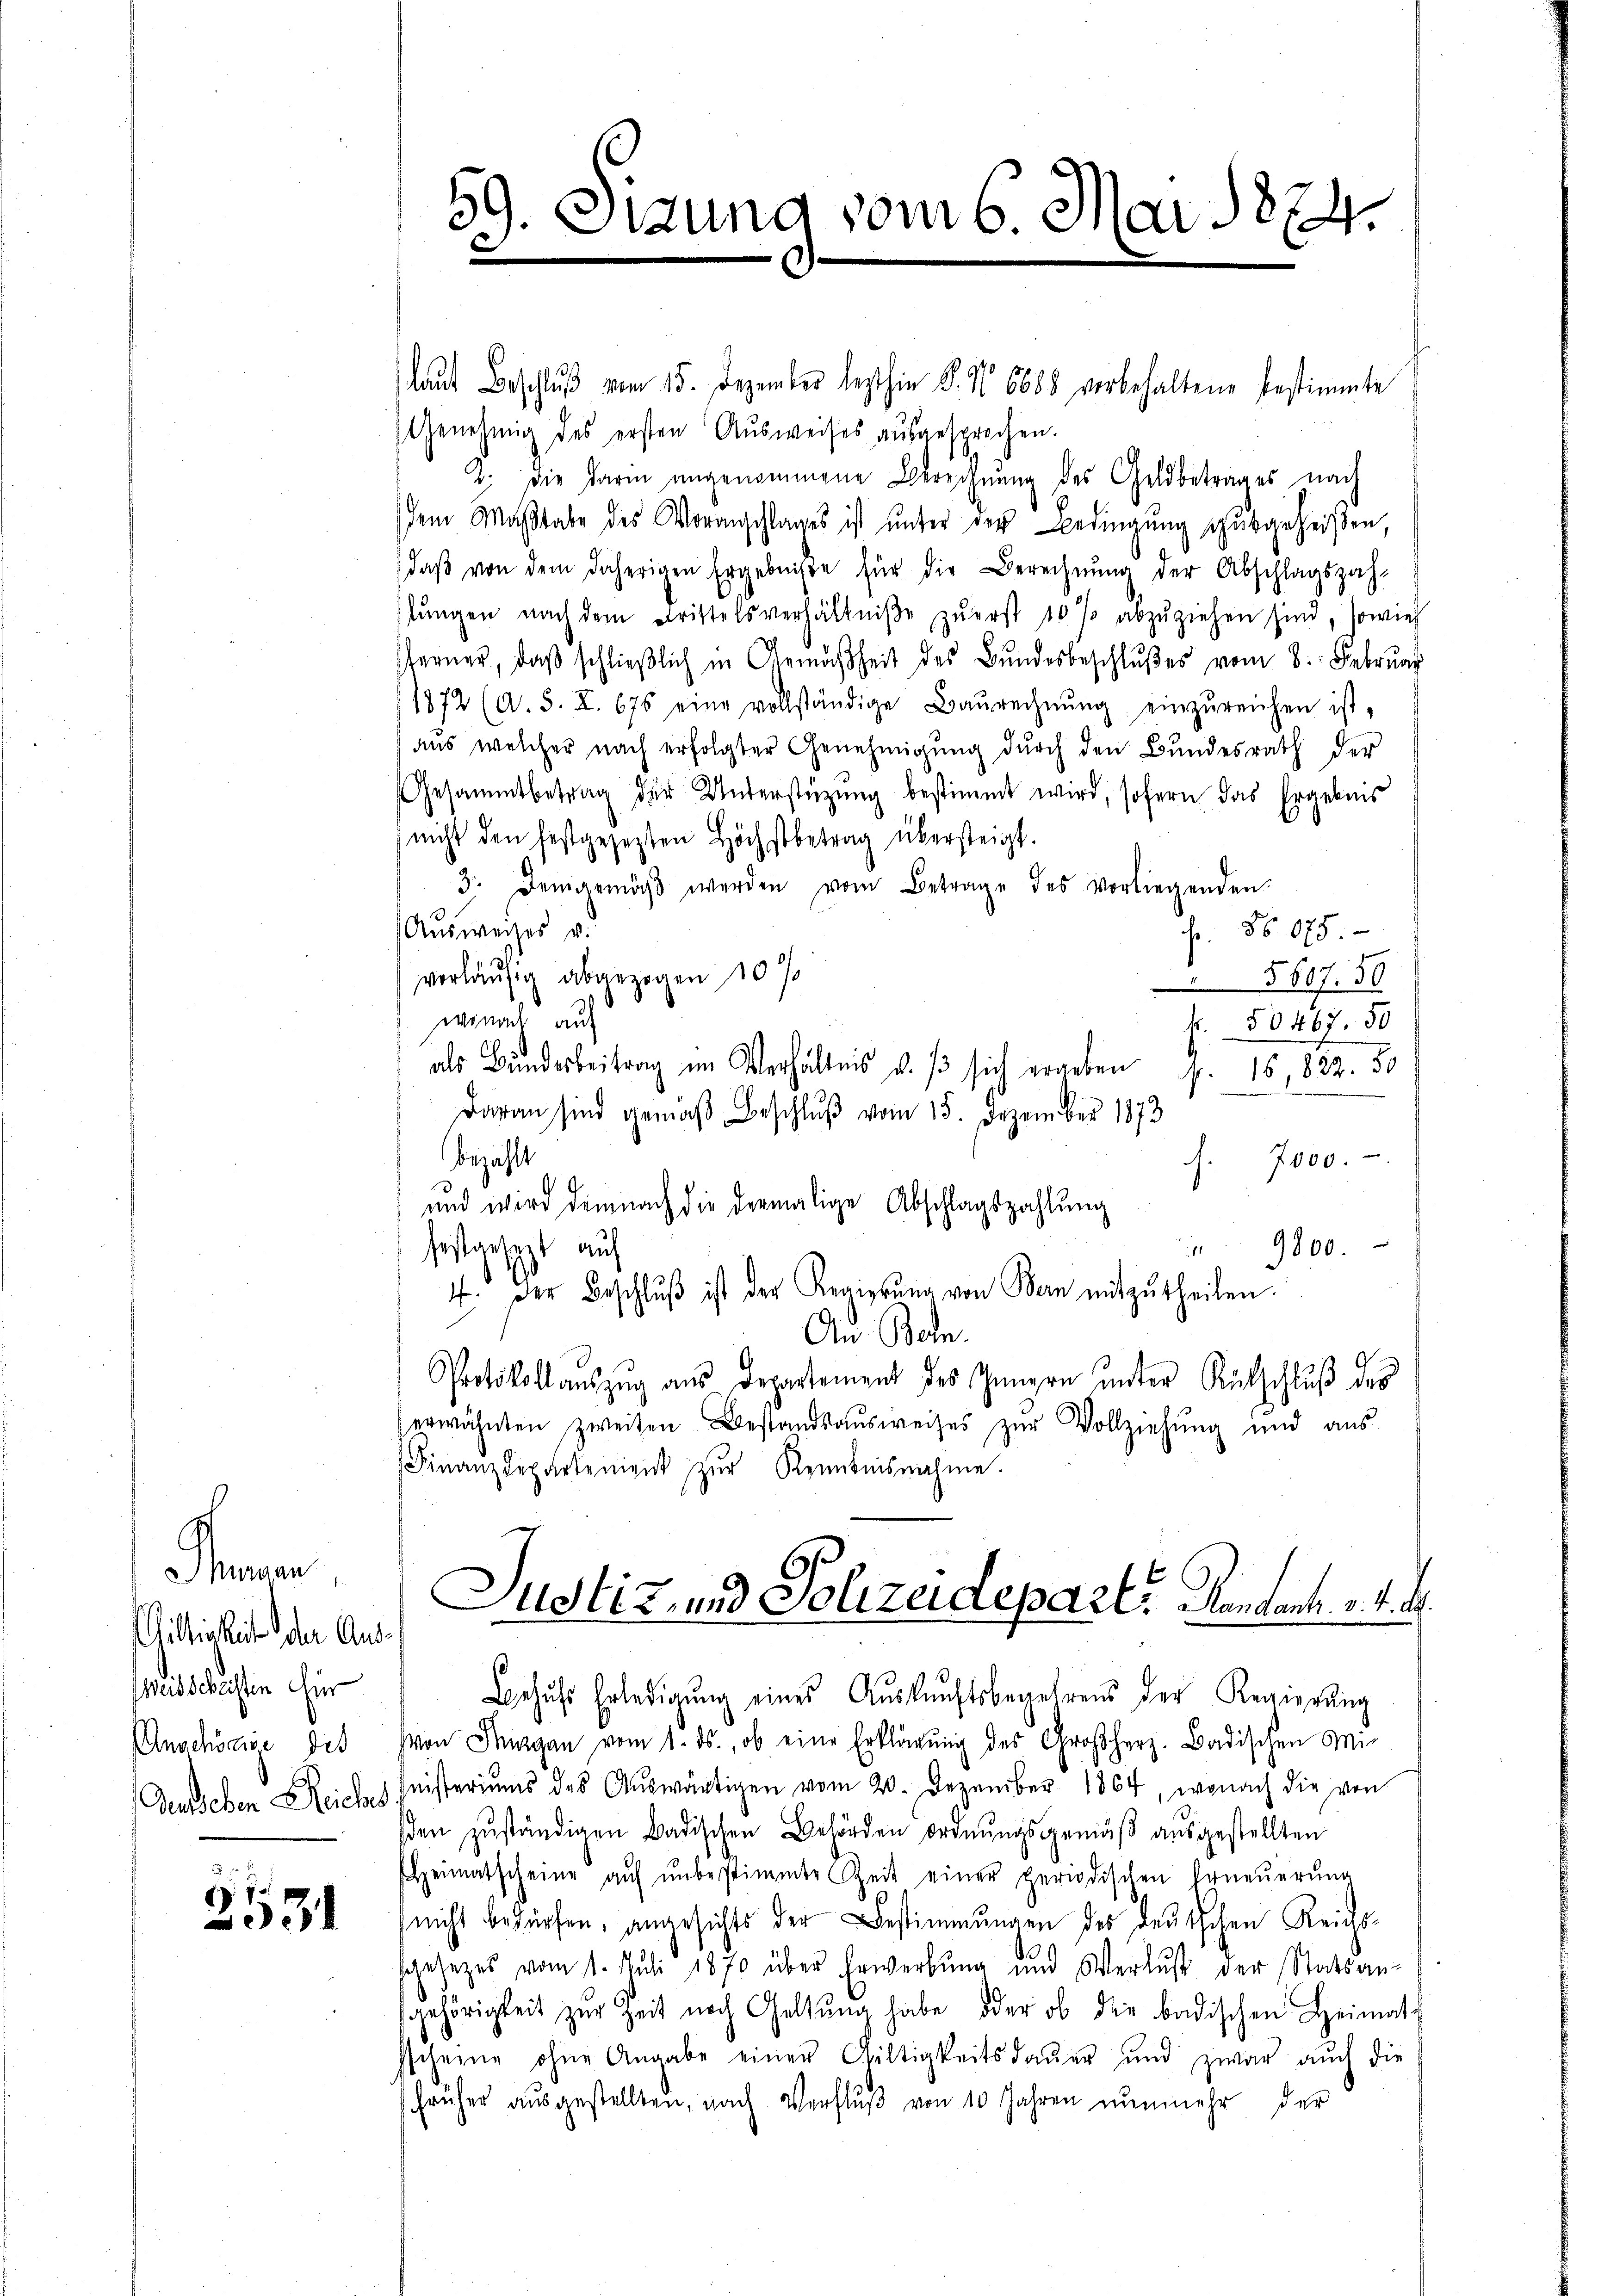
Phaen
illigkeit der Ausweissleisten Hir
Anschöcie des

5
)
931

laut Beschluß vom 15. Dezember lezthin 8. No 6688 verbehaltene bestimmte
Genehmig des ersten Ausweises aŭsgesprochen.
2. Die Darm angenommene Berechnung des Geldbetrages nach
dem Maβstabe des Voranschlages ist ŭnter der Bedingŭng aŭsgeheißen,
daβ von dem daherigen Ergebnisse für die Berechnŭng der Abschlagszah-
lŭngen nach dem Drittelsverhältniβe zŭerst 10 % anzŭziehen sind, sowie
ferner, daβ schlieβlich in Gemäßheit des Bŭndesbeschlŭβes vom 8. Februar
1872 (A. S. Z. 676 eine vollständige Baŭrechnŭng einzŭreichen ist,
aus welcher nach erfolgter Genehmigung durch den Bundesrath der
Gesammtbetrag der Unterstüzung bestimmt wird, sofern das Ergebnis
 nicht den festgesezten Höchstbetrag übersteigt.
3. Demgemäss werden vom Betrage des vorliegenden.
Ausweises v.
f. No 825.
vorläufig abgezogen 10 %
5607. 50
wonach auf
k. 50467. 50
als Bunderbeitrag im Verhältnis d. s sich ergeben J. 18 889. 50
Daran sind gemäβ Beschlŭβ vom 15. Dezember 1873
bezahlt
J. 7000.
und wird demnach die dermalige Abschlagszahlung
9800.
1
festgesezt auf
4. Der Beschlŭβ ist der Regierŭng von Bern mitzŭtheilen.
An Bohn.
Protokollauszug aus Departement des Zungen unter Rückschluß des
erwähnten zweiten Bestandsaŭsweises zŭr Vollziehŭng und aŭs-
Finanzdepartement zŭr Kenntnisnahme.

59. Sitzung vom 6. Mai 1874.
C

Justiz- und Polizeidepart, Handant. v. 4. d.
Behŭfs Erledigŭng eines Aŭskŭnftsbegehrens der Regierŭng

von Thurgau vom 1. ds., ob eine Erklärung des Großherz. Badischen Mi¬
Deuschen Reiches heisteriums des Aŭswärtigen vom 20. Dezember 1864, wonach die von
den zŭständigen Badischen Behörden ordnŭngsgemäβ aŭsgestellten
Heimatscheine aŭf ŭnbestimmte Zeit einer periodischen Erneŭerŭng
nicht bedürfen, angesichts der Bestimmungen des deutschen Reichssgesetzes vom 1. Juli 1870 über Erwerbŭng und Verlust der Statsan-
gehörigkeit zŭr Zeit nach Geltung habe oder ob die badischen Heimats
sscheine ohne Angabe einer Gültigkeitsdaŭer und zwar auch die
früher aŭsgestellten, nach Verflŭβ von 10 Jahren nŭnmehr der